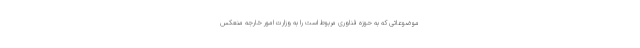
موضوعاتی که به حوزه فناوری مربوط است را به وزارت‌ امور خارجه منعکس